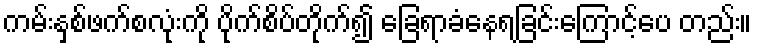
ကမ်းနှစ်ဖက်စလုံးကို ပိုက်စိပ်တိုက်၍ ခြေရာခံနေရခြင်းကြောင့်ပေ တည်း။